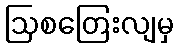
ဩစတြေးလျမှ